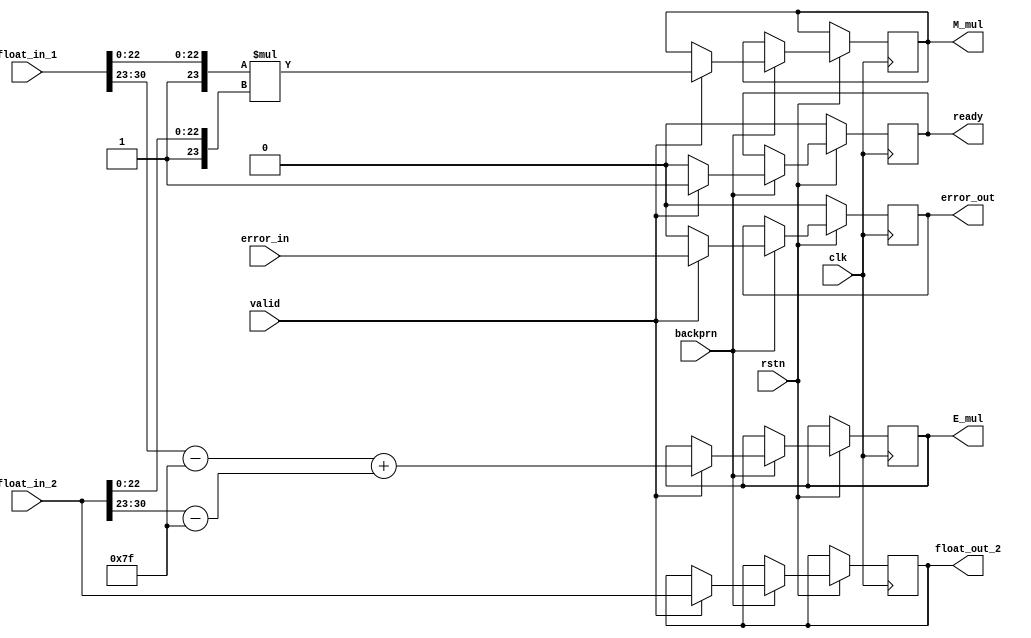
`timescale 1ns / 1ps

module fp_mul_multiply_pipe (clk, rstn, backprn, valid, float_in_1, float_in_2, float_out_2, M_mul, E_mul, ready, error_in, error_out);

input wire clk;
input wire rstn;
input wire valid;
input wire [30:0] float_in_1;
input wire [30:0] float_in_2;
input wire error_in;

input wire backprn;
output reg [30:0] float_out_2;
output reg [47:0] M_mul;
output reg signed [7:0] E_mul;
output reg ready;
output reg error_out;

wire signed [7:0] E1, E2, Etmp1, Etmp2;
wire [22:0] M1, M2;

assign E1 = float_in_1[30:23] - 127;
assign E2 = float_in_2[30:23] - 127;

assign M1 = float_in_1[22:0];
assign M2 = float_in_2[22:0];

always @(posedge clk) begin
    if(rstn == 1'b0) begin
        ready <= 1'b0;
        error_out <= 1'b0;
    end else begin
        if(backprn == 1'b0) begin 
            float_out_2 <= float_out_2;
            M_mul <= M_mul;
            E_mul <= E_mul;
            ready <= ready;
            error_out <= error_out;
        end else begin
            if(valid == 1'b1) begin
                float_out_2 <= float_in_2;
                M_mul <= {1'b1, M1} * {1'b1, M2};
                E_mul <= E1 + E2;
                ready <= 1'b1;
                error_out <= error_in;
            end else begin
                float_out_2 <= float_out_2;
                M_mul <= M_mul;
                E_mul <= E_mul;
                ready <= 1'b0;
                error_out <= 1'b0;
            end
        end
    end
end

endmodule